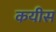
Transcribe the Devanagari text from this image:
कयीस